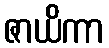
ဇာယိကာ